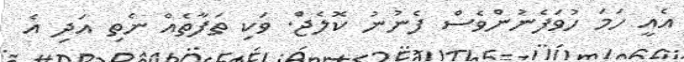
އެއީ ހަމަ ހުވަފެނުންވެސް ފެނުނު ކޮލެޖްެ. ވަކި ތަފާތެއް ނެތި އަދި އެ